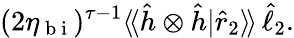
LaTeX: (2\eta_{\mathrm{~b~i~}})^{\tau-1}\langle\! \langle\hat{h}\otimes\hat{h}|\hat{r}_{2}\rangle\! \rangle\, \hat{\ell}_{2}.